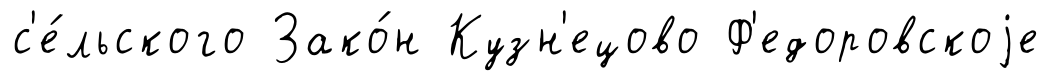
с'е́льского Зако́н Кузн'ецово Ф'едоровскоjе